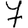
Digit: 7